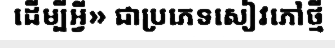
ដើម្បីអ្វី» ជាប្រភេទសៀវភៅថ្មី